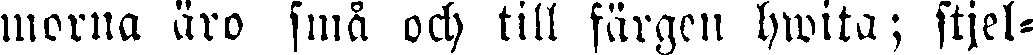
morua äro små och till färgen hwita; stjel-